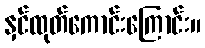
နှင်ထုတ်ကောင်းကြောင်း။